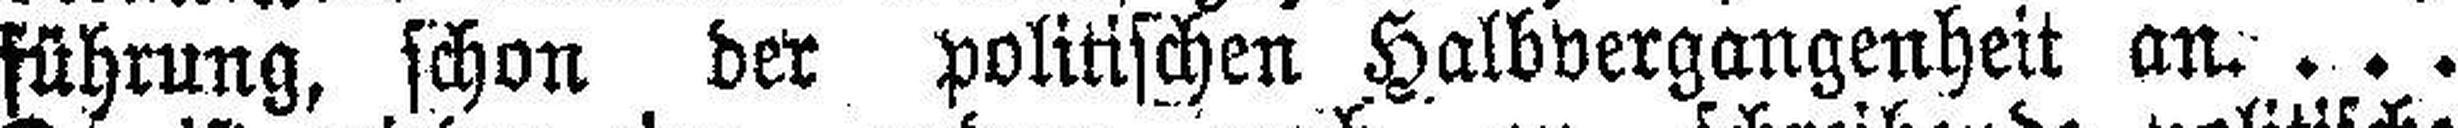
führung, schon der politischen Halbvergangenheit an. . . .